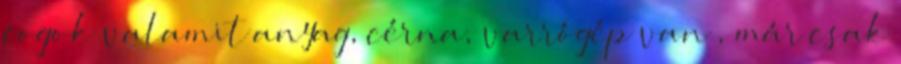
fogok valamit anyag, cérna, varrógép van , már csak